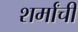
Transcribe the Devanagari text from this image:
शर्मांची